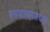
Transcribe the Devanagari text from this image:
बसथांब्याजवळ